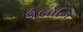
કોલોનિ